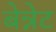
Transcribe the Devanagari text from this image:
बेन्नेट